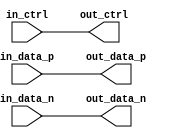
module io_block (
    input wire in_data_p,
    input wire in_data_n,
    input wire in_ctrl,
    output reg out_data_p,
    output reg out_data_n,
    output reg out_ctrl
);

    assign out_data_p = in_data_p;
    assign out_data_n = in_data_n;
    assign out_ctrl = in_ctrl;

endmodule